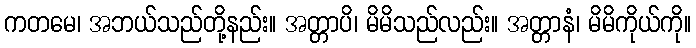
ကတမေ၊ အဘယ်သည်တို့နည်း။ အတ္တာပိ၊ မိမိသည်လည်း။ အတ္တာနံ၊ မိမိကိုယ်ကို။